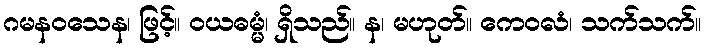
ဂမနဝသေန၊ ဖြင့်။ ဝယဓမ္မံ၊ ရှိသည်။ န၊ မဟုတ်။ ကေဝလံ၊ သက်သက်။